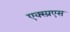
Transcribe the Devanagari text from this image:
एक्स्प्रएस